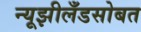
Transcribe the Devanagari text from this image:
न्यूझीलँडसोबत